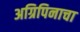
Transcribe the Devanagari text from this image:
अग्रिपिनाचा